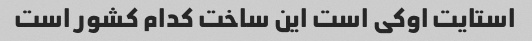
استایت اوکی است این ساخت کدام کشور است